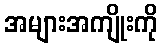
အများအကျိုးကို